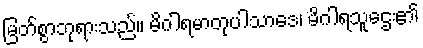
မြတ်စွာဘုရားသည်။ မိဂါရမာတုပါသာဒေ၊ မိဂါရသူဌေး၏